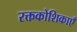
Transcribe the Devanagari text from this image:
रक्तकोशिकाएँ